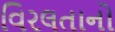
વિરલતાનો